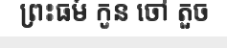
ព្រះធម៍ កូន ចៅ តួច